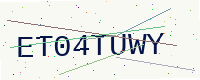
Text: ET04TUWY